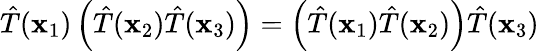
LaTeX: {\hat{T}}(\mathbf{x}_{1})\left({\hat{T}}(\mathbf{x}_{2}){\hat{T}}(\mathbf{x}_{3})\right)=\left({\hat{T}}(\mathbf{x}_{1}){\hat{T}}(\mathbf{x}_{2})\right){\hat{T}}(\mathbf{x}_{3})